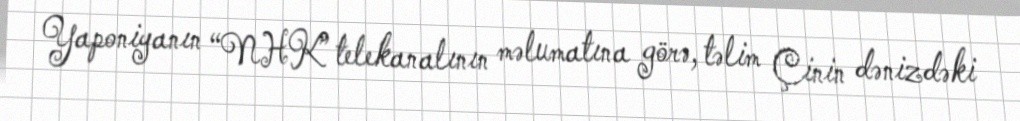
Yaponiyanın “NHK” telekanalının məlumatına görə, təlim Çinin dənizdəki